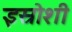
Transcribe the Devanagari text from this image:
इस्रोशी